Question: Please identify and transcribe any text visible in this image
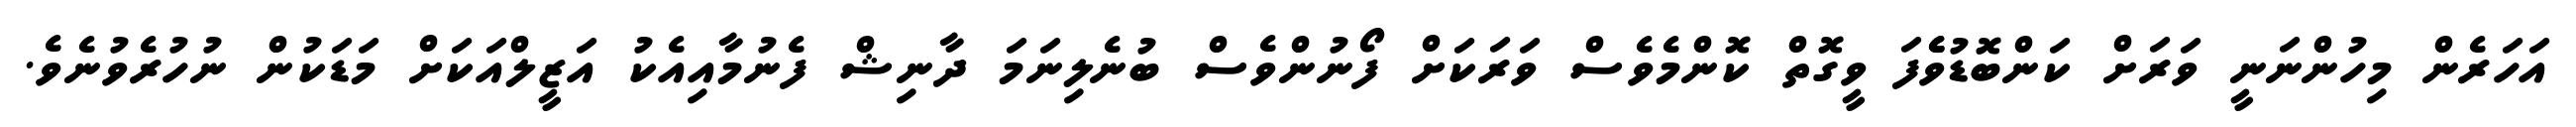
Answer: އަހަރެން މިހުންނަނީ ވަރަށް ކަންބޮޑުވެެފަ ވީގޮތް ކޮންމެވެސް ވަރަކަށް ފޯނުންވެސް ބުނެލިނަމަ ދާނިޝް ފެނުމާއިއެކު އަޒީލްއަކަށް މަޑަކުން ނުހުރެވުނެވެ.